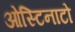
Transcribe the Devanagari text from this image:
ओस्टिनाटो